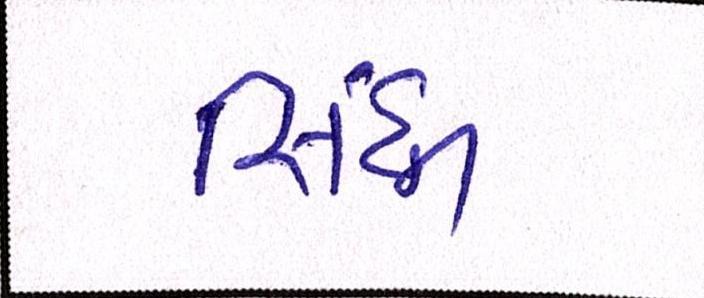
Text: સિંધી